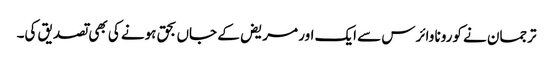
ترجمان نے کورونا وائرس سے ایک اور مریض کے جاں بحق ہونے کی بھی تصدیق کی۔